Lunatic asylums in Bengal annual reports 1888-1898 - 1888-1898
Year: 1888
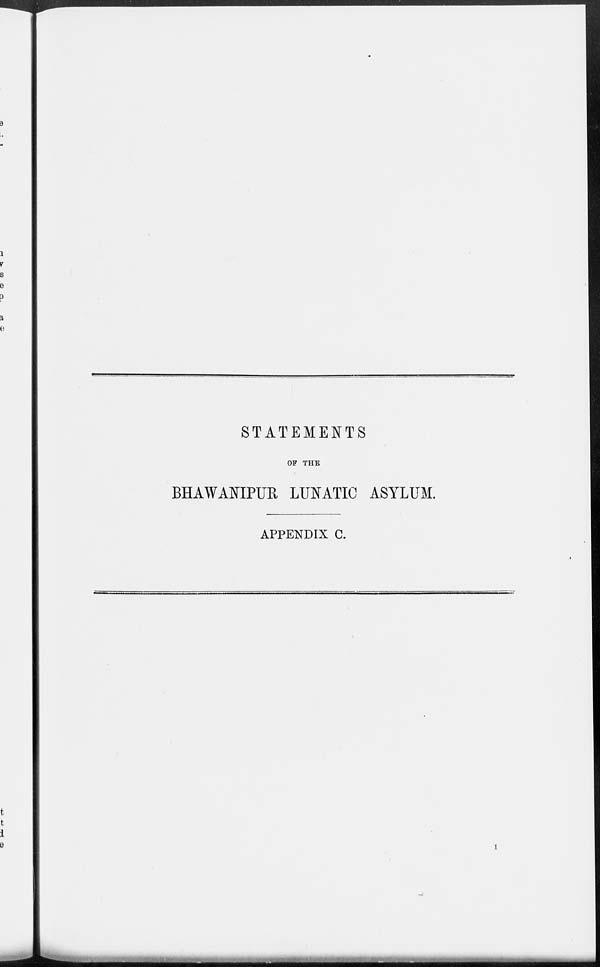
STATEMENTS
OF THE
BHAWANIPUR LUNATIC ASYLUM.
APPENDIX C.
1